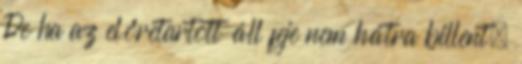
De ha az előretartott áll feje nem hátra billent,